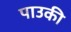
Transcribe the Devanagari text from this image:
पाउकी